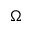
\Omega